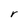
Character: r